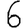
Digit: 6